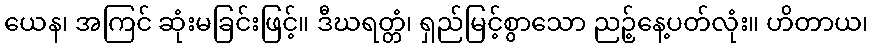
ယေန၊ အကြင် ဆုံးမခြင်းဖြင့်။ ဒီဃရတ္တံ၊ ရှည်မြင့်စွာသော ညဉ့်နေ့ပတ်လုံး။ ဟိတာယ၊